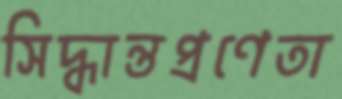
সিদ্ধান্তপ্রণেতা